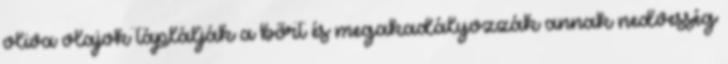
oliva olajok táplálják a bőrt és megakadályozzák annak nedvesség